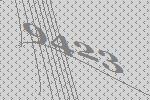
9423